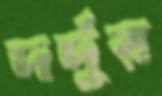
দর্দুর